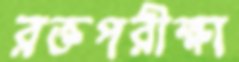
রক্তপরীক্ষা